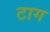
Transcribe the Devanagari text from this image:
टाग